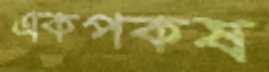
একপকষ